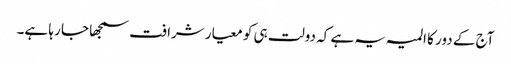
آج کے دور کا المیہ یہ ہے کہ دولت ہی کو معیار شرافت سمجھا جا رہا ہے۔